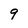
Character: 9